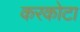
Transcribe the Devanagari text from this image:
करकोटा